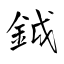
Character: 鉞